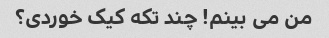
من می بینم! چند تکه کیک خوردی؟